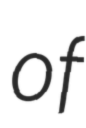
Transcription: of